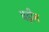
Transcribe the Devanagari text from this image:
घड़ीन